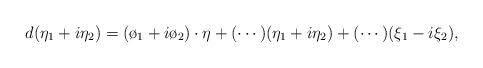
LaTeX: \begin{align*}d(\eta_1+i\eta_2)=(\o_1+i\o_2)\cdot \eta + (\cdots)(\eta_1+i\eta_2)+(\cdots)(\xi_1-i\xi_2),\end{align*}